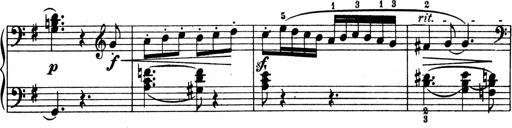
Title: 4 Sonatines
Composer: Max Reger